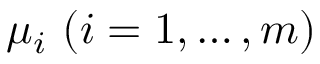
\mu _ { i } \ ( i = 1 , \ldots , m )